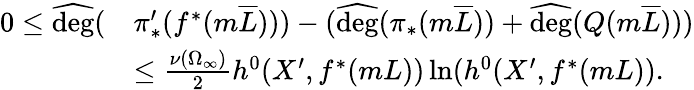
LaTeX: \begin{array}{rl}{0\leq\widehat{\mathrm{deg}}(}&{\pi_{*}^{\prime}(f^{*}(m\overline{L})))-(\widehat{\mathrm{deg}}(\pi_{*}(m\overline{L}))+\widehat{\mathrm{deg}}(Q(m\overline{L})))}\\ &{\leq\frac{\nu(\Omega_{\infty})}{2}h^{0}(X^{\prime},f^{*}(mL))\ln(h^{0}(X^{\prime},f^{*}(mL)).}\end{array}